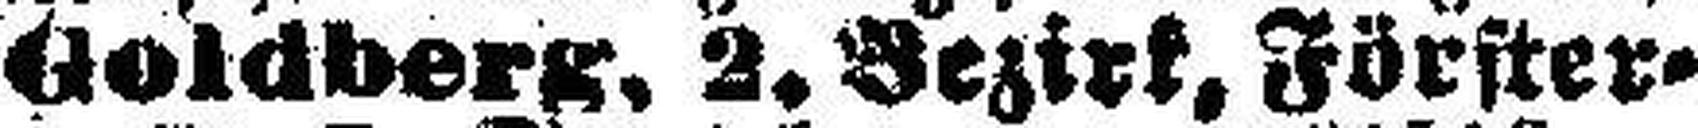
Goldberg, 2. Bezirk, Fürster¬